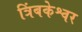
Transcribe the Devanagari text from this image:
त्रिंबकेश्वर